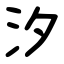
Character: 汐